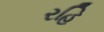
રહિ